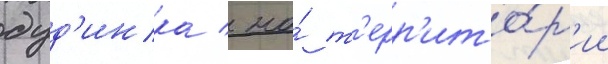
дуд'инка / на́ т'ерр'ито́р'ии